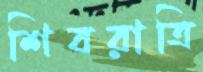
শিবরাত্রি